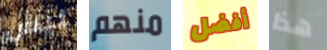
ليس منهم أفضل هذا